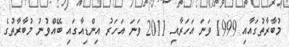
މުބާރާތުގައާއި 1999 ވަނަ އަހަރާއި 2011 ވަނަ އަހަރު އިންޑިއާގައި ބޭއްވުނު މުބާރާތުގެ